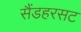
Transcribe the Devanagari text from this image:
सैंडहरसट